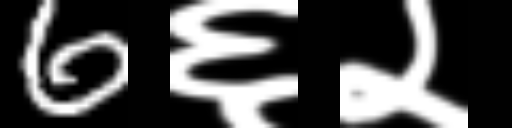
Text: 6६२